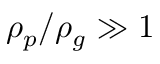
\rho _ { p } / \rho _ { g } \gg 1